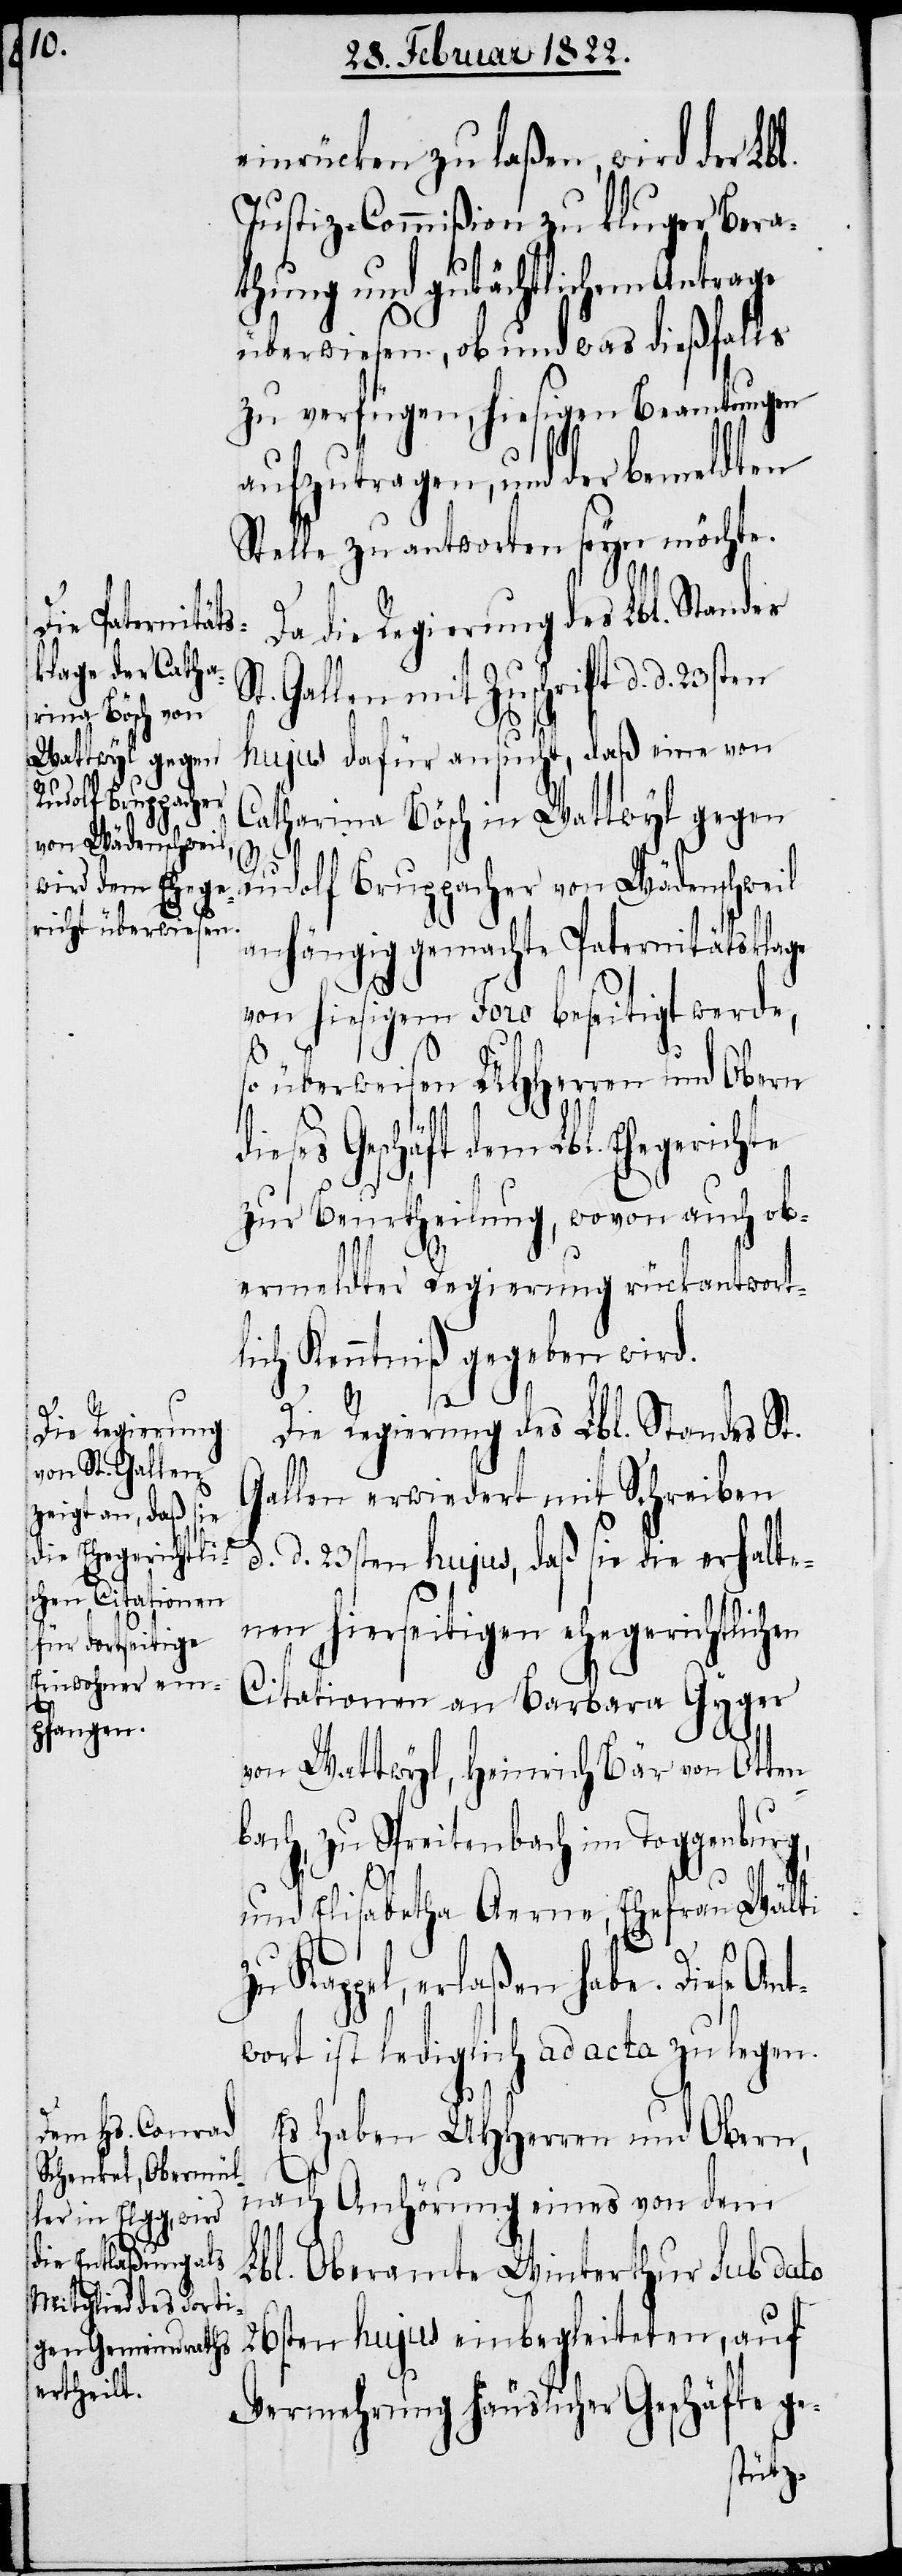
einrücken zu laßen, wird der Lbl.
Justiz-Commißion zu kluger Bera¬
thung und gutächtlichem Antrage
überwiesen, ob und was dießfalls
zu verfügen, hiesigen Beamtungen
aufzutragen, und der bemeldten
Stelle zu antworten seyn möchte.
Da die Regierung des Lbl. Standes
Gallen mit Zuschrift d. d.
hujus dafür ansucht, daß eine von
Catharina Bösch in Wattwyl gegen
St.
Rudolf Bruppacher von Wädenschweil
anhängig gemachte Paternitätsklage
von hiesigem Foro beseitigt werde,
so überweisen UHHerren und Obern
en
dieses Geschäft dem Lbl. Ehegerichte
zur Beurtheilung, wovon auch ob¬
ermeldter Regierung rückantwort¬
lich Kenntniß gegeben wird.
Die Regierung des Lbl. Standes St.
Gallen erwiedert mit Schreiben
d. d. 23sten hujus, daß sie die erhalte¬
nen hierseitigen ehegerichtlich¬
Citationen an Barbara Gyger
von Wattwyl, Heinrich Bär von Otten¬
bach, zu Spreitenbach im Toggenburg,
und Elisabetha Aerne, Ehefrau Wälti
zu Kappel, erlaßen habe. Diese Ant¬
wort ist lediglich ad acta zu legen.
Es haben UHHerren und Obern,
nach Anhörung eines von dem
Lbl. Oberamte Winterthur sub dato
26sten hujus einbegleiteten, auf
Vermehrung häuslicher Geschäfte ge-